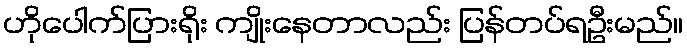
ဟိုပေါက်ပြားရိုး ကျိုးနေတာလည်း ပြန်တပ်ရဦးမည်။